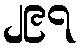
၂၉၇